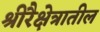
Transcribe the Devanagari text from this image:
श्रीरैक्षेत्रातील